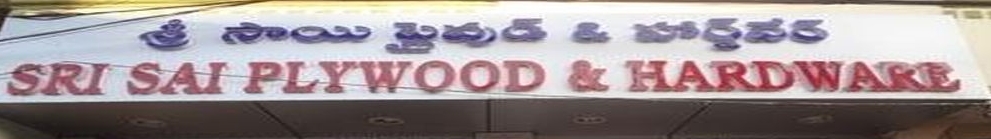
Language: telugu
Transcription: ప్లైవుడ్ హార్డ్ వేర్ శ్రీ సాయి